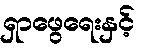
ရှာဖွေရေးနှင့်